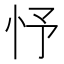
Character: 忬